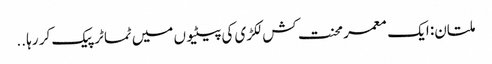
ملتان: ایک معمر محنت کش لکڑی کی پیٹیوں میں ٹماٹر پیک کر رہا ..